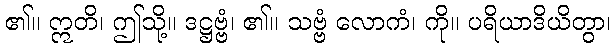
၏။ ဣတိ၊ ဤသို့။ ဒဋ္ဌဗ္ဗံ၊ ၏။ သဗ္ဗံ လောကံ၊ ကို။ ပရိယာဒိယိတွာ၊